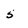
Character: 5